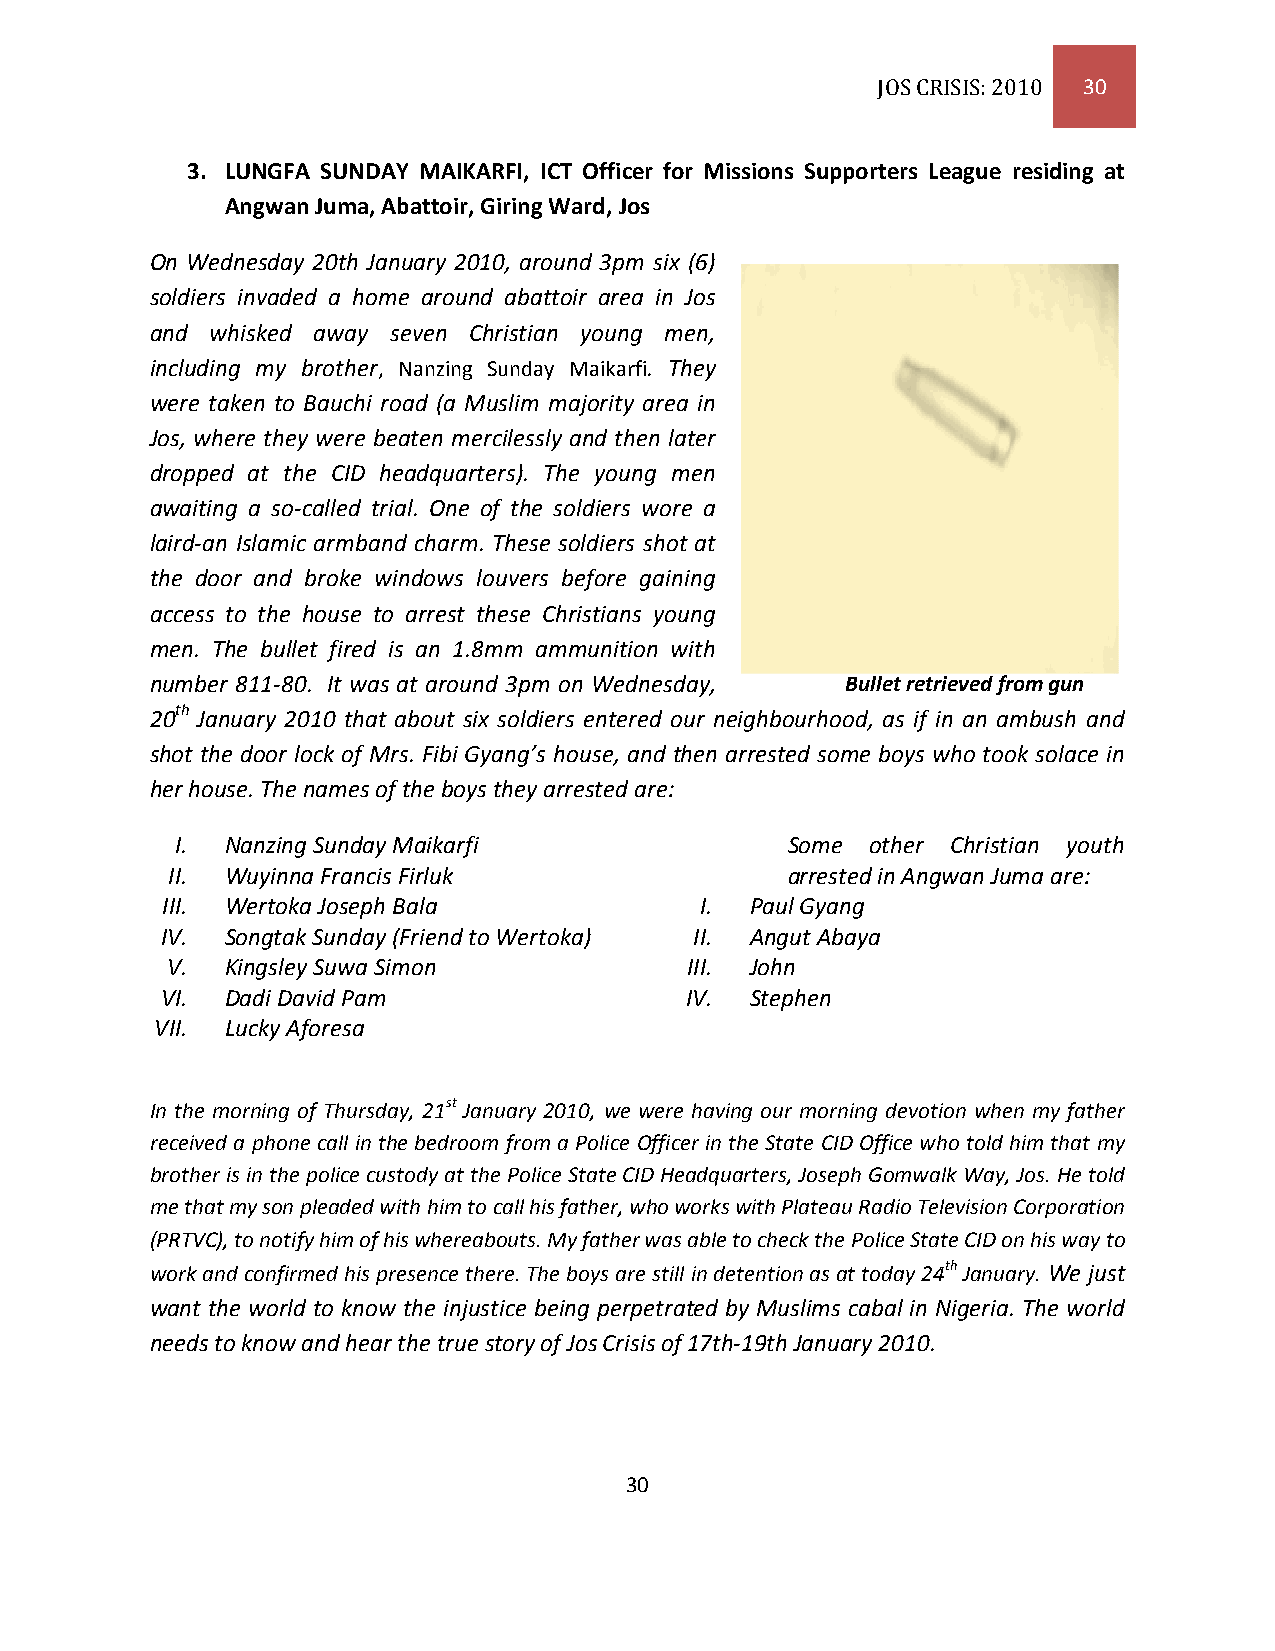
JOS CRISIS: 2010 30
 3. LUNGFA SUNDAY MAIKARFI, ICT Officer for Missions Supporters League residing at
 Angwan Juma, Abattoir, Giring Ward, Jos
 On Wednesday 20th January 2010, around 3pm six (6)
 soldiers invaded a home around abattoir area in Jos
 and whisked away seven Christian young men,
 including my brother, Nanzing Sunday Maikarfi. They
 were taken to Bauchi road (a Muslim majority area in
 Jos, where they were beaten mercilessly and then later
 dropped at the CID headquarters). The young men
 awaiting a so-called trial. One of the soldiers wore a
 laird-an Islamic armband charm. These soldiers shot at
 the door and broke windows louvers before gaining
 access to the house to arrest these Christians young
 men. The bullet fired is an 1.8mm ammunition with
 number 811-80. It was at around 3pm on Wednesday, Bullet retrieved from gun
 20th January 2010 that about six soldiers entered our neighbourhood, as if in an ambush and
 shot the door lock of Mrs. Fibi Gyang’s house, and then arrested some boys who took solace in
 her house. The names of the boys they arrested are:
 I. Nanzing Sunday Maikarfi              Some  other Christian youth
 II. Wuyinna Francis Firluk               arrested in Angwan Juma are:
 III. Wertoka Joseph Bala           I.  Paul Gyang
 IV. Songtak Sunday (Friend to Wertoka) II. Angut Abaya
 V.  Kingsley Suwa Simon            III. John
 VI. Dadi David Pam                IV.  Stephen
 VII. Lucky Aforesa
 In the morning of Thursday, 21st January 2010, we were having our morning devotion when my father
 received a phone call in the bedroom from a Police Officer in the State CID Office who told him that my
 brother is in the police custody at the Police State CID Headquarters, Joseph Gomwalk Way, Jos. He told
 me that my son pleaded with him to call his father, who works with Plateau Radio Television Corporation
 (PRTVC), to notify him of his whereabouts. My father was able to check the Police State CID on his way to
 work and confirmed his presence there. The boys are still in detention as at today 24th January. We just
 want the world to know the injustice being perpetrated by Muslims cabal in Nigeria. The world
 needs to know and hear the true story of Jos Crisis of 17th-19th January 2010.
 30